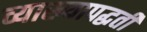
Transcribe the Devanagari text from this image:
व्याख्यापद्धती